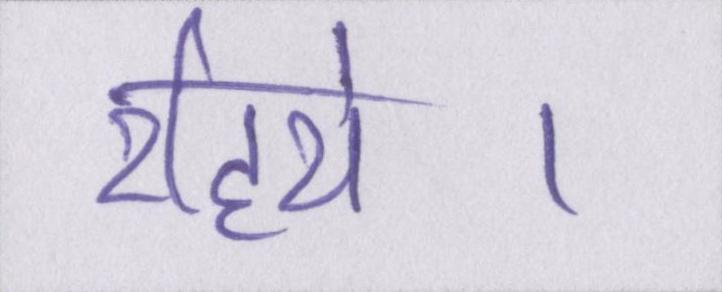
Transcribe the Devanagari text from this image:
रहिये।